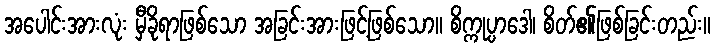
အပေါင်းအားလုံး မှီခိုရာဖြစ်သော အခြင်းအားဖြင့်ဖြစ်သော။ စိက္ကုပ္ပာဒေါ၊ စိတ်၏ဖြစ်ခြင်းတည်း။